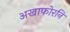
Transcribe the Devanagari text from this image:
अखाफोरनि